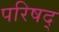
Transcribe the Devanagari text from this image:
परिषद्‍